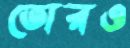
তোরও